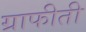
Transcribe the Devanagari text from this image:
ग्राफीती